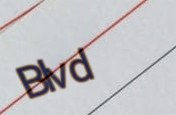
Blvd